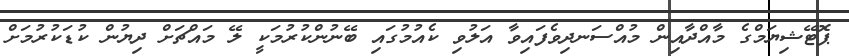
ޕޮޓޭޝިޔަމްގެ މާއްދާއިން މުއްސަނދިވެފައިވާ އަލުވި ކެއުމުގައި ބޭނުންކުރުމަކީ ލޭ މައްޗަށް ދިޔުން ކުޑަކުރުމަށް